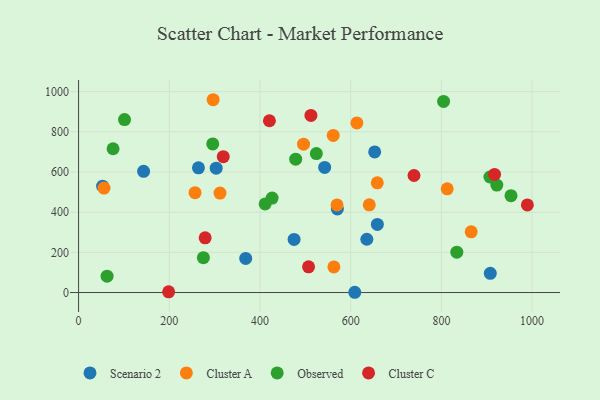
{"axis": {"x": "Speed", "y": "Fuel Efficiency"}, "legend": ["Cluster A", "Cluster C", "Observed", "Scenario 2"], "data": [{"x": "570.6", "y": 415.8, "type": "Scenario 2"}, {"x": "652.9", "y": 700.2, "type": "Scenario 2"}, {"x": "475.2", "y": 264.5, "type": "Scenario 2"}, {"x": "609.0", "y": 1.3, "type": "Scenario 2"}, {"x": "264.3", "y": 620.9, "type": "Scenario 2"}, {"x": "368.5", "y": 170.0, "type": "Scenario 2"}, {"x": "143.3", "y": 603.4, "type": "Scenario 2"}, {"x": "907.8", "y": 95.8, "type": "Scenario 2"}, {"x": "542.6", "y": 622.6, "type": "Scenario 2"}, {"x": "658.8", "y": 339.1, "type": "Scenario 2"}, {"x": "635.6", "y": 265.3, "type": "Scenario 2"}, {"x": "303.4", "y": 619.3, "type": "Scenario 2"}, {"x": "53.0", "y": 529.4, "type": "Scenario 2"}, {"x": "569.9", "y": 436.2, "type": "Cluster A"}, {"x": "865.7", "y": 302.2, "type": "Cluster A"}, {"x": "296.7", "y": 959.8, "type": "Cluster A"}, {"x": "641.0", "y": 436.8, "type": "Cluster A"}, {"x": "561.5", "y": 781.9, "type": "Cluster A"}, {"x": "613.7", "y": 844.3, "type": "Cluster A"}, {"x": "812.8", "y": 516.3, "type": "Cluster A"}, {"x": "56.0", "y": 520.0, "type": "Cluster A"}, {"x": "311.8", "y": 494.9, "type": "Cluster A"}, {"x": "496.0", "y": 738.6, "type": "Cluster A"}, {"x": "256.8", "y": 497.0, "type": "Cluster A"}, {"x": "658.6", "y": 546.0, "type": "Cluster A"}, {"x": "562.9", "y": 127.3, "type": "Cluster A"}, {"x": "907.0", "y": 575.1, "type": "Observed"}, {"x": "804.8", "y": 951.2, "type": "Observed"}, {"x": "478.7", "y": 664.1, "type": "Observed"}, {"x": "953.5", "y": 482.4, "type": "Observed"}, {"x": "62.8", "y": 81.3, "type": "Observed"}, {"x": "76.0", "y": 715.8, "type": "Observed"}, {"x": "922.2", "y": 535.0, "type": "Observed"}, {"x": "524.3", "y": 691.9, "type": "Observed"}, {"x": "275.2", "y": 173.7, "type": "Observed"}, {"x": "834.0", "y": 200.8, "type": "Observed"}, {"x": "101.3", "y": 860.9, "type": "Observed"}, {"x": "426.7", "y": 470.2, "type": "Observed"}, {"x": "295.8", "y": 740.0, "type": "Observed"}, {"x": "411.4", "y": 441.0, "type": "Observed"}, {"x": "507.1", "y": 128.0, "type": "Cluster C"}, {"x": "279.1", "y": 272.5, "type": "Cluster C"}, {"x": "319.0", "y": 676.3, "type": "Cluster C"}, {"x": "198.6", "y": 3.7, "type": "Cluster C"}, {"x": "989.6", "y": 436.0, "type": "Cluster C"}, {"x": "512.3", "y": 881.6, "type": "Cluster C"}, {"x": "739.6", "y": 582.5, "type": "Cluster C"}, {"x": "420.8", "y": 855.2, "type": "Cluster C"}, {"x": "917.2", "y": 588.0, "type": "Cluster C"}]}